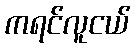
ကရင်လူငယ်